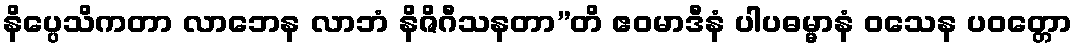
နိပ္ပေသိကတာ လာဘေန လာဘံ နိဇိဂီသနတာ”တိ ဧဝမာဒီနံ ပါပဓမ္မာနံ ဝသေန ပဝတ္တော